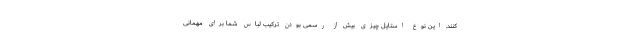
‌کنند. این نوع استایل چیزی بیش از رسمی بودن ترکیب لباس شما برای مهمانی